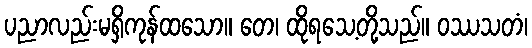
ပညာလည်းမရှိကုန်ထသော။ တေ၊ ထိုရသေ့တို့သည်။ ဝဿသတံ၊